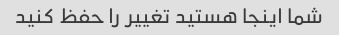
شما اینجا هستید تغییر را حفظ کنید